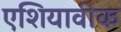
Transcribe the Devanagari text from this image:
एशियावीक